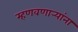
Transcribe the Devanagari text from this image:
म्हणवणार्‍यांना